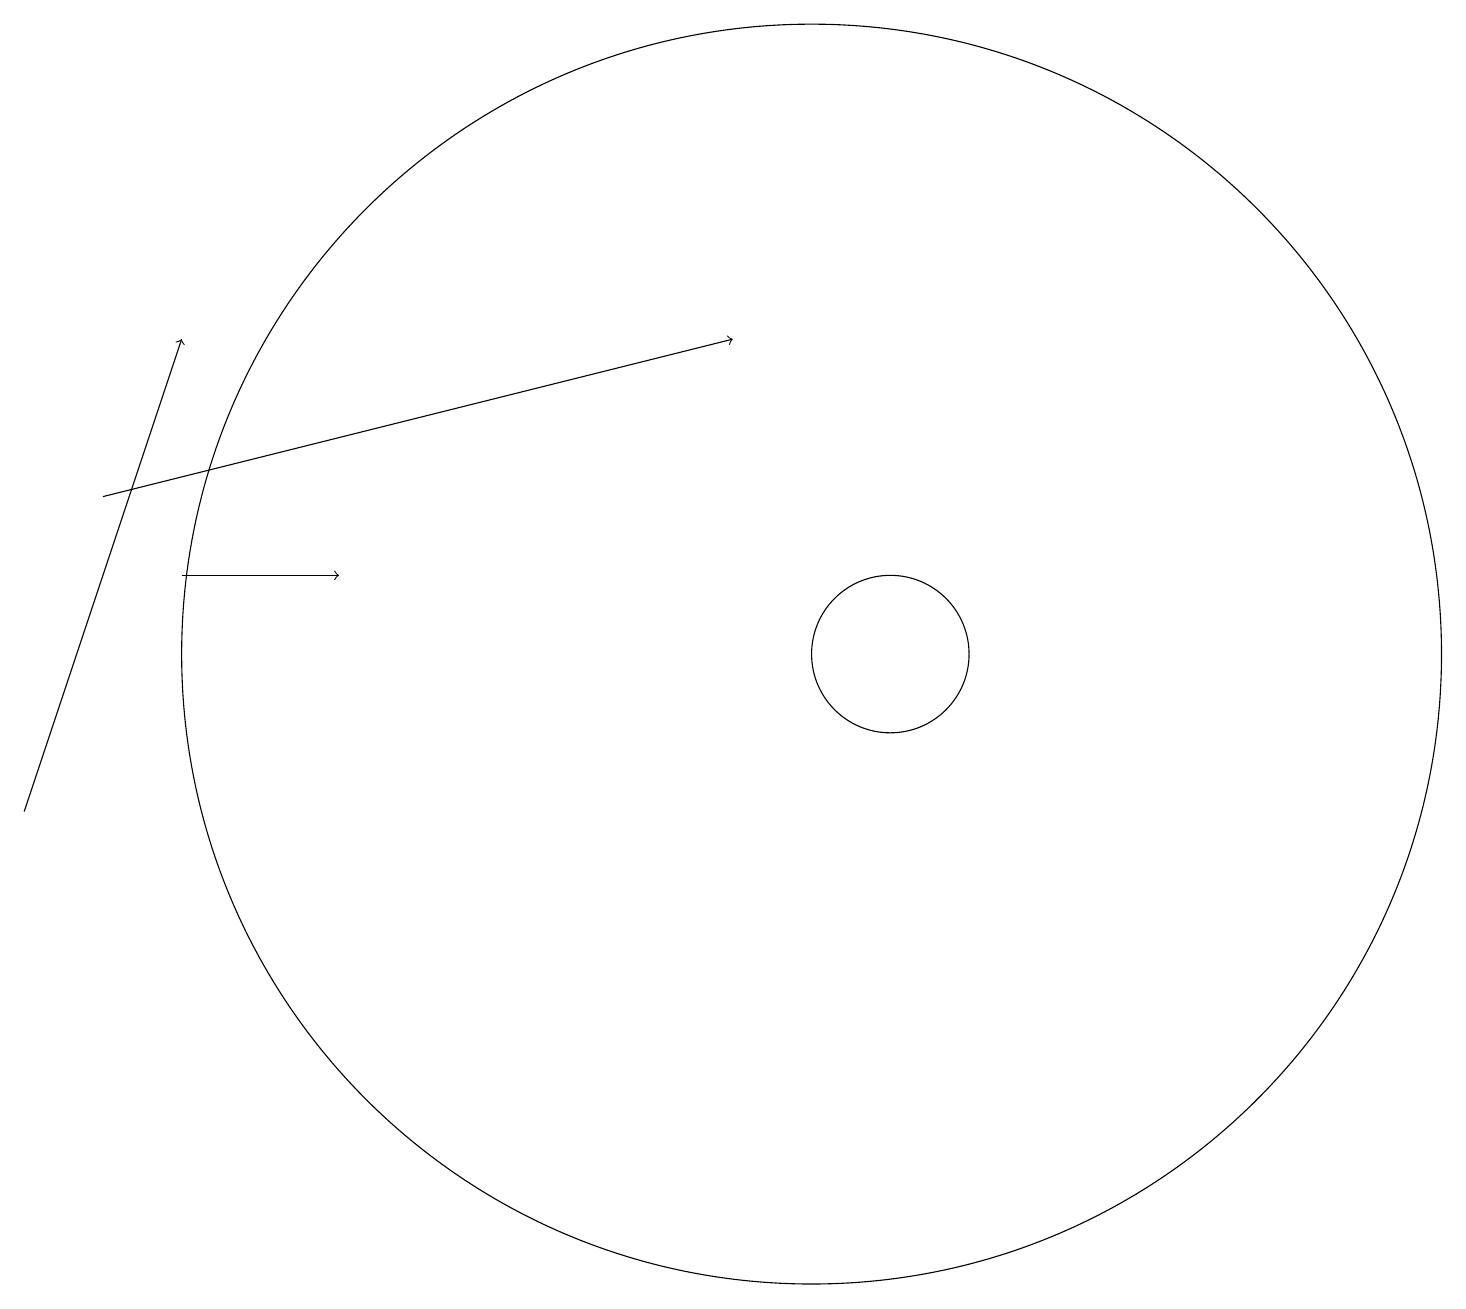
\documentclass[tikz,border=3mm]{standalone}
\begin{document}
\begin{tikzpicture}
\draw[->] (2,13) -- (4,13);
\draw (10,11) circle (0);
\draw (10,12) circle (8);
\draw[->] (1,14) -- (9,16);
\draw[->] (0,10) -- (2,16);
\draw (11,12) circle (1);
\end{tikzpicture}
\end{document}